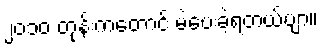
၂၀၁၀ တုန်းကတောင် မဲပေးခဲ့ရတယ်ဗျာ။